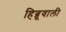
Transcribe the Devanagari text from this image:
हिब्रूवाली